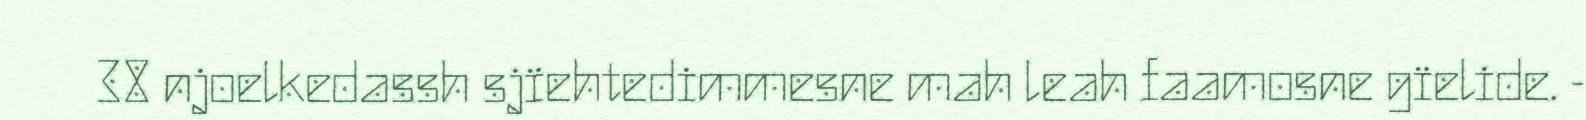
38 njoelkedassh sjïehtedimmesne mah leah faamosne gïelide. -